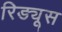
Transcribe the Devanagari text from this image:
रिड्यूस